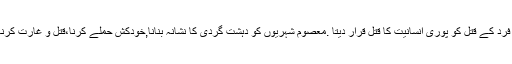
اسلام ایک بے گناہ فرد کے قتل کو پوری انسانیت کا قتل قرار دیتا .معصوم شہریوں کو دہشت گردی کا نشانہ بنانا,خودکش حملے کرنا،قتل و غارت کرنا خلاف شریعہ ہے۔